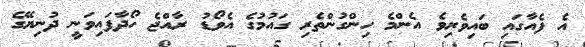
އެ ފެއާގައި ބައިވެރިވެ އެންމެ ހިންގުންތެރި ގައުމުގެ އެވޯޑު ރާއްޖެ ހޯދާފައިވަނީ ދުނިޔޭގެ